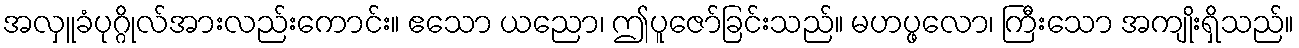
အလှူခံပုဂ္ဂိုလ်အားလည်းကောင်း။ ဧသော ယညော၊ ဤပူဇော်ခြင်းသည်။ မဟပ္ဖလော၊ ကြီးသော အကျိုးရှိသည်။